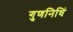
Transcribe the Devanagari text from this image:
गुणनिधिं